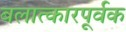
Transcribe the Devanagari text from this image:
बलात्कारपूर्वक